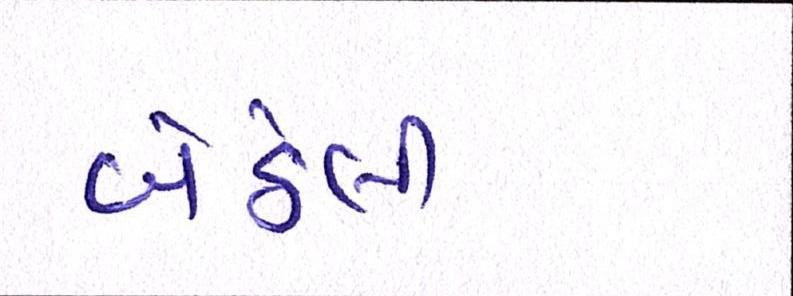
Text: બેઠેલી